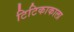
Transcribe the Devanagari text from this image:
टिटिकाकाला